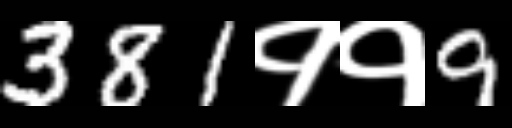
Text: 381११9